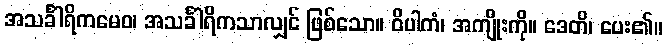
အသင်္ခါရိကမေဝ၊ အသင်္ခါရိကသာလျှင် ဖြစ်သော။ ဝိပါကံ၊ အကျိုးကို။ ဒေတိ၊ ပေး၏။